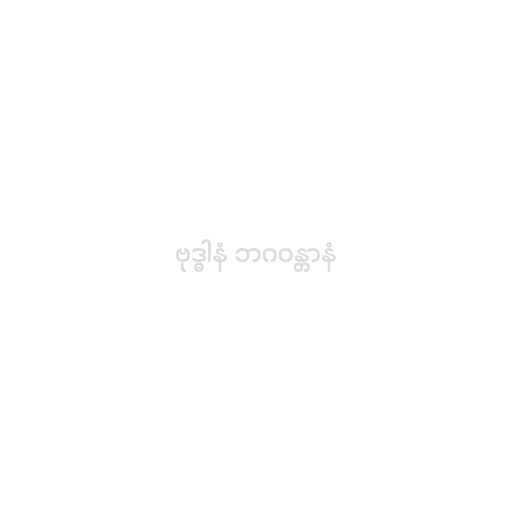
ဗုဒ္ဓါနံ ဘဂဝန္တာနံ